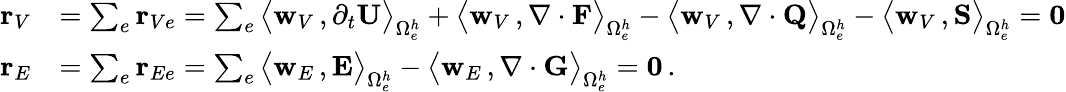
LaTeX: \begin{array}{rl}{{\mathbf r}_{V}}&{=\sum_{e}{\mathbf r}_{Ve}=\sum_{e}\big\langle{{\mathbf w}_{V}}\, ,\partial_{{t}}{\mathbf U}\big\rangle_{\Omega_{e}^{h}}+\big\langle{{\mathbf w}_{V}}\, ,\nabla\cdot{\mathbf F}\big\rangle_{\Omega_{e}^{h}}-\big\langle{{\mathbf w}_{V}}\, ,\nabla\cdot{\mathbf Q}\big\rangle_{\Omega_{e}^{h}}-\big\langle{{\mathbf w}_{V}}\, ,{\mathbf S}\big\rangle_{\Omega_{e}^{h}}={\mathbf 0}}\\ {{\mathbf r}_{E}}&{=\sum_{e}{\mathbf r}_{Ee}=\sum_{e}\big\langle{{\mathbf w}_{E}}\, ,{\mathbf E}\big\rangle_{\Omega_{e}^{h}}-\big\langle{{\mathbf w}_{E}}\, ,\nabla\cdot{\mathbf G}\big\rangle_{\Omega_{e}^{h}}={\mathbf 0}\, .}\end{array}